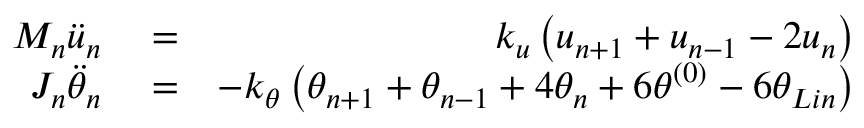
\begin{array} { r l r } { { { M } _ { n } } { { \ddot { u } } _ { n } } } & { { } = } & { { { k } _ { u } } \left( { { u } _ { n + 1 } } + { { u } _ { n - 1 } } - 2 { { u } _ { n } } \right) } \\ { { { J } _ { n } } { { \ddot { \theta } } _ { n } } } & { { } = } & { - { { k } _ { \theta } } \left( { { \theta } _ { n + 1 } } + { { \theta } _ { n - 1 } } + 4 { { \theta } _ { n } } + 6 { { \theta } ^ { ( 0 ) } } - 6 \theta _ { L i n } \right) } \end{array}